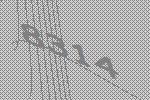
8314